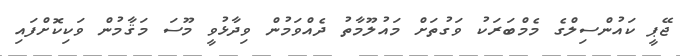
ޖޭޕީ ކައުންސިލްގެ މެމްބަރަކު ވަގުތަށް މައުލޫމާތު ދެއްވަމުން ވިދާޅުވީ މޫސަ މަޤާމުން ވަކިކޮށްފައި